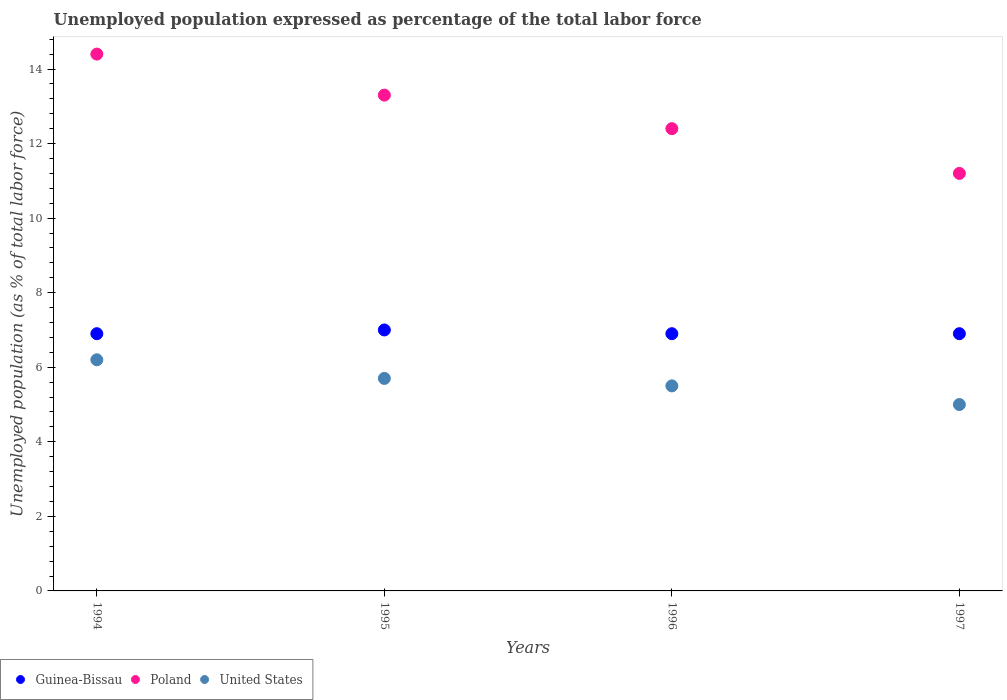
| Years | Guinea-Bissau | Poland | United States |
 | --- | --- | --- | --- |
 | 1994 | 6.9 | 14.4 | 6.2 |
 | 1995 | 7 | 13.3 | 5.7 |
 | 1996 | 6.9 | 12.4 | 5.5 |
 | 1997 | 6.9 | 11.2 | 5 |